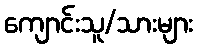
ကျောင်းသူ/သားများ